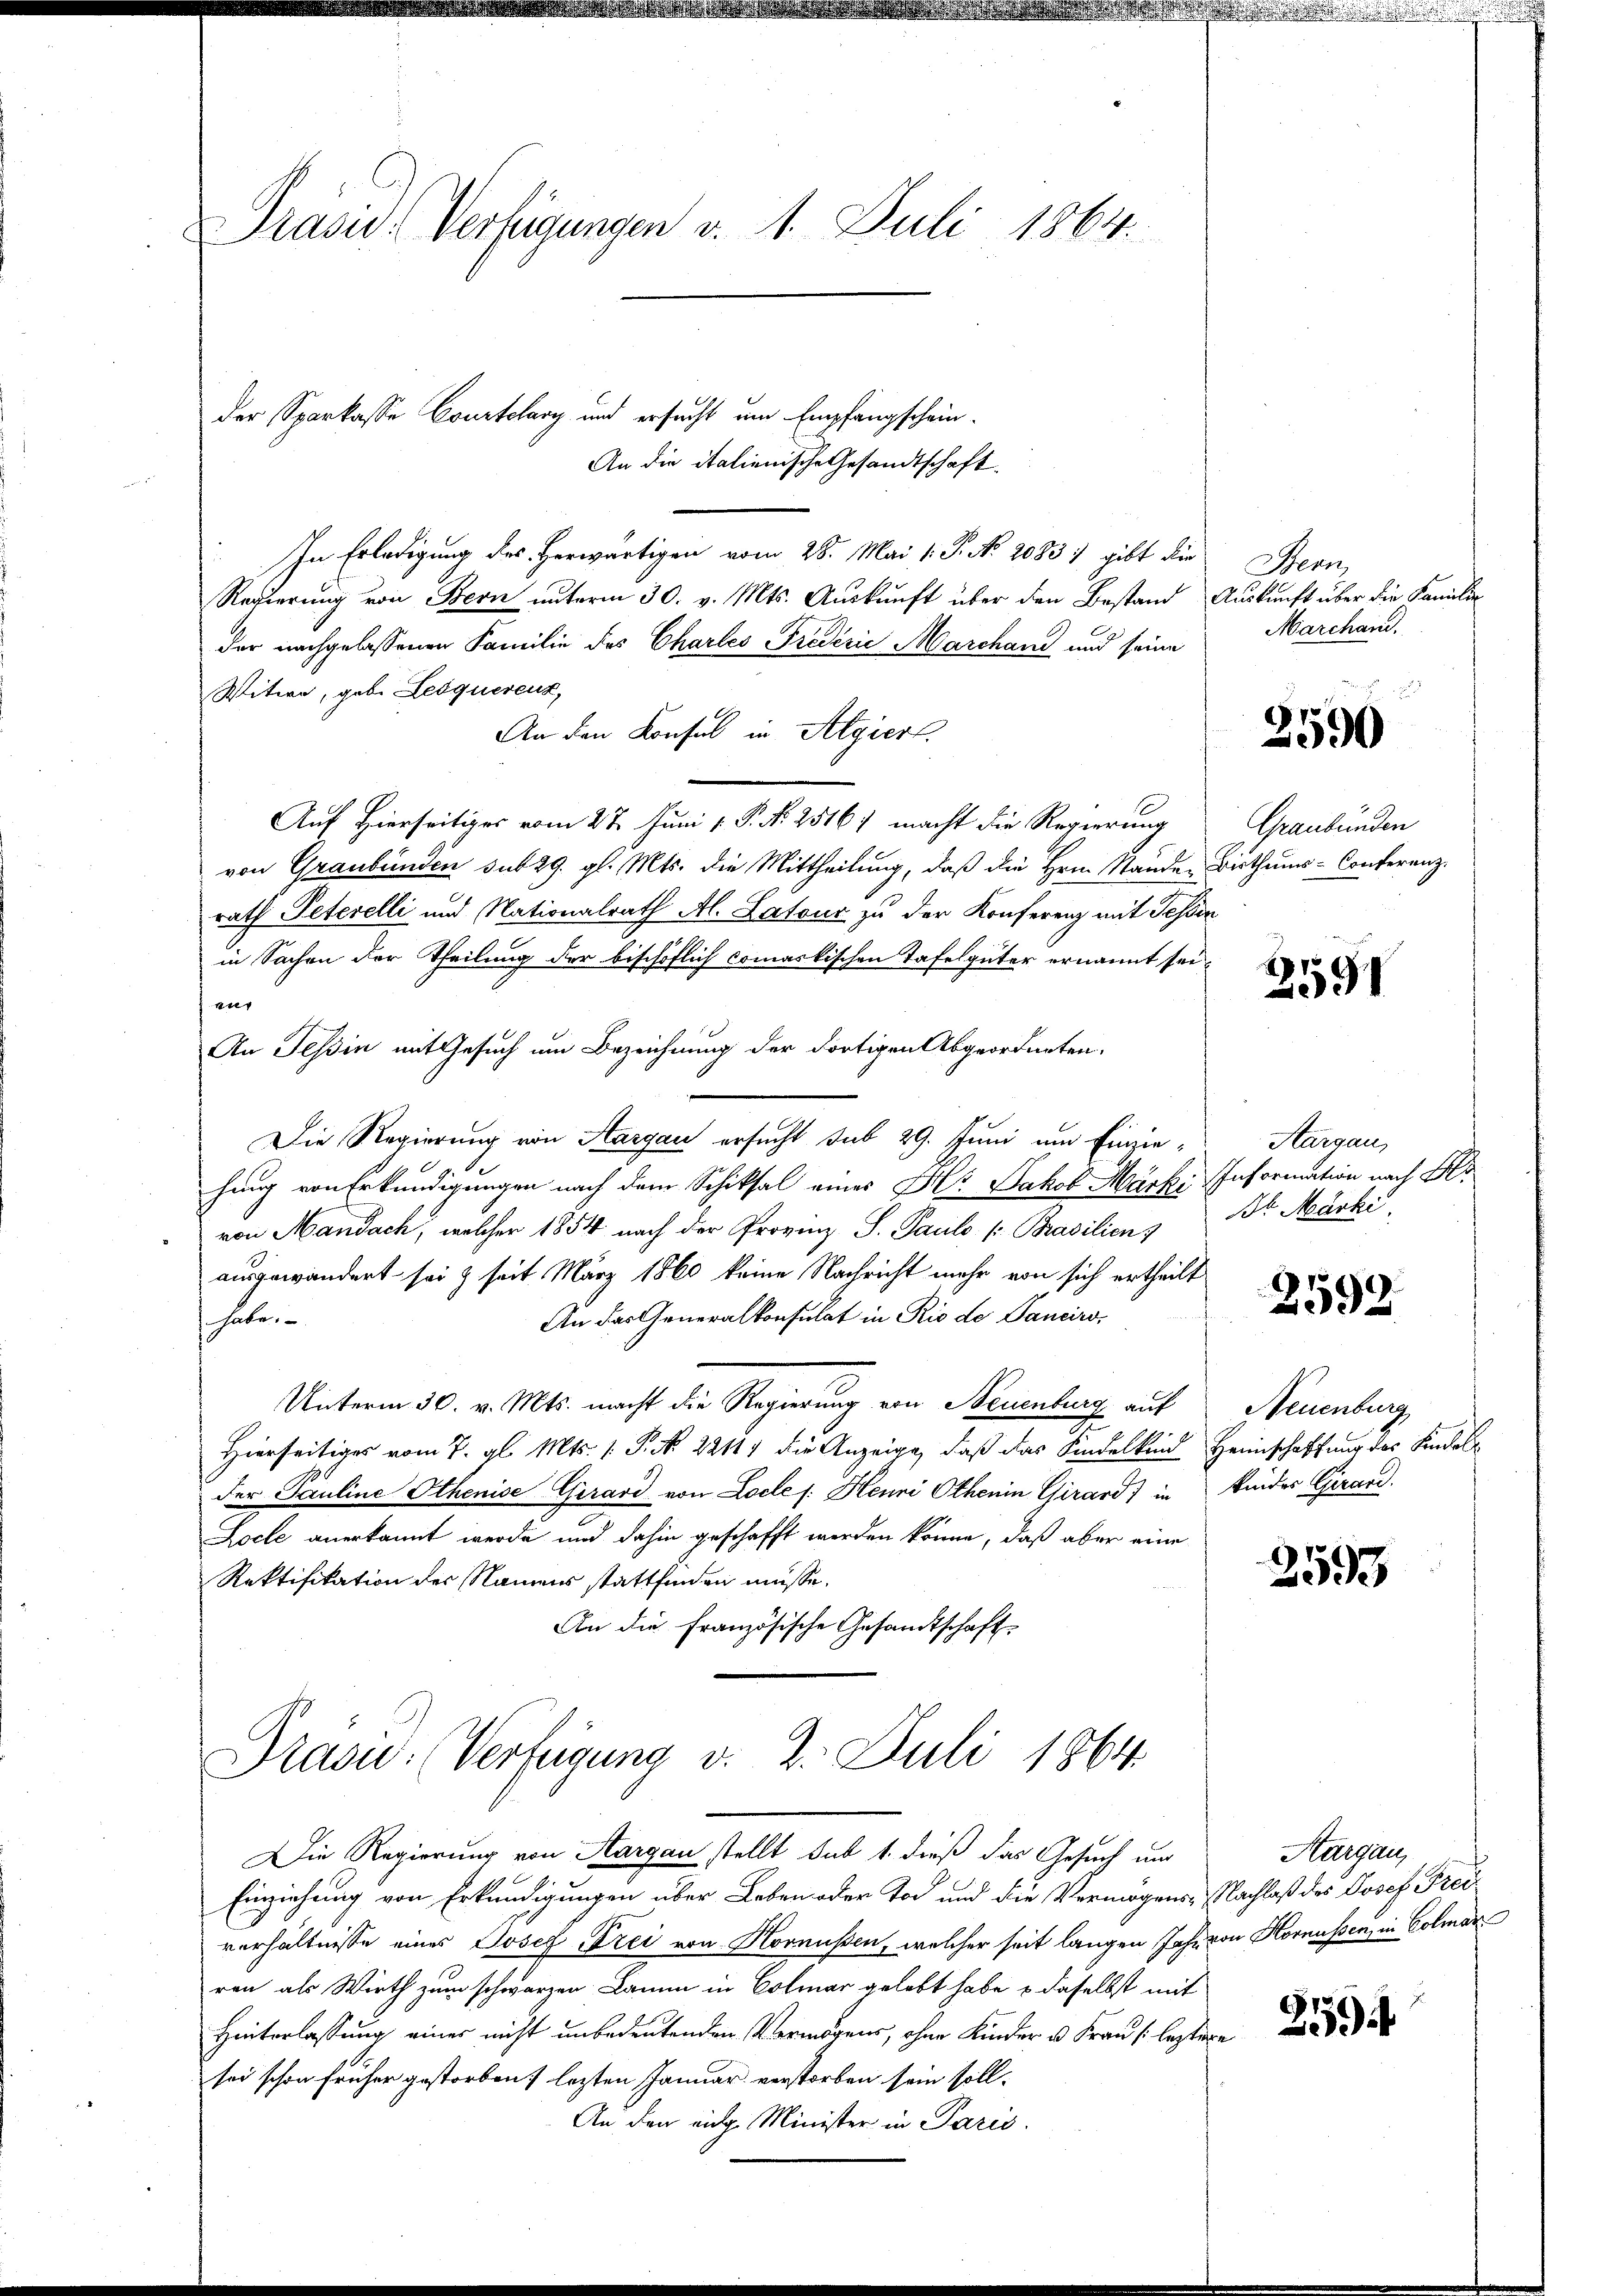
Prasw. Verfügungen v. 1. Juli 1864.

An die italienische Gesandtschaft.
In Erledigung des Herwärtigen vom 28. Mai l. J. No. 2083) gibt die
Regierung von Bern unterm 30. v. Mts. Auskunft über den Bestand
der nachgelassenen Familie des Charles Fredérić Marchand und seine
Witwe, geb. Leoquerenz,
An den Konsul in Algier
Auf Hierseitiger vom 27. Juni v. P. N. 2516) macht die Regierung
von Graubünden sub 29. gl. Mts. die Mittheilung, daß die Hrn. Standen
rath Peterelli und Nationalrath Al. Satour zu der Konferenz mit Tessin
in Sachen der Theilung der bischöflich comarkischen Tafelgüter ernannt sei.
en
An Tessin mit Gesuch um Bezeichnung der dortigen Abgeordneten.
Die Regierung von Aargau ersucht sub 29. Juni um Einziehung von Erkundigungen nach dem Schiksal eines Hs. Jakob Markei Information nach Br
von Handach, welcher 1854 nach der Provinz, S. Paul /: Brasilien)
ausgewandert sei & seit März 1860 keine Nachricht mehr von sich ertheilt
An das Generalkonsulat in Rio de Danciro,
 habe.
Unterm 30. v. Mts. macht die Regierung von Neuenburg auf
e
Hierseitiges vom 7. gl. Mts. 1. P. Nr. 22117 die Anzeige, daß das Kindelkind Heimschaffung des Kindel
der Pauline Athenise-Girard von Locle /: Henri Othenin Girard in
Locle anerkannt werde und dahin geschafft werden könne, daß aber eine
Rektifikation der Namens stattfinden müsse.
An die Französische Gesandtschaft

der Sparkasse Courtelary und ersucht um Empfangschein-

Präsid.: (Verfügung v. 2. Juli 1864.

Die Regierung von Aargau stellt sub 1. dieß das Gesuch und
Einziehung von Erkundigungen über Leben oder Tod und die Vermögens-Nachlaß des Josef Frei
verhältnisse eines Josef Frei von Hornußen, welcher seit langen Jahr von Hornussen, in Colmar
ren als Wirth zum schwarzen Lamm in Colmar gelebt habe & daselbst mit
Hinterlassung eines nicht unbedeutenden Vermögens, ohne Kinder u Frau (leztere
sei schon früher gestorben, lezten Januar verstorben sein soll.
An den eidg. Minister in Paris.

Wenn
Auskunft über die Familie
Marchand.

.

2590

Graubünden
Bisthums-Conferenz.

2591

Aargau,
Dr. Märki

d

2592

Neuenburg
kinder Girard.

2593

3594

Aargau,